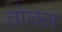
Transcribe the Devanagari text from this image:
तोतल